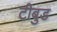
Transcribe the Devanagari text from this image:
टीबुड